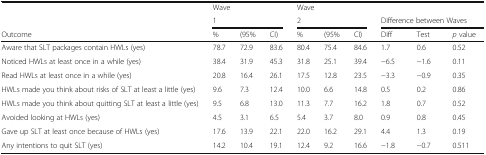
<table><thead><tr><td>[EMPTY_CELL]</td><td colspan="3"><b>Wave</b></td><td colspan="3"><b>Wave</b></td><td colspan="3">[EMPTY_CELL]</td></tr><tr><td>[EMPTY_CELL]</td><td colspan="3"><b>1</b></td><td colspan="3"><b>2</b></td><td colspan="3"><b>Difference between Waves</b></td></tr><tr><td><b>Outcome</b></td><td><b>%</b></td><td><b>(95%</b></td><td><b>CI)</b></td><td><b>%</b></td><td><b>(95%</b></td><td><b>CI)</b></td><td><b>Diff</b></td><td><b>Test</b></td><td><b><i>p</i> value</b></td></tr></thead><tbody><tr><td>Aware that SLT packages contain HWLs (yes)</td><td>78.7</td><td>72.9</td><td>83.6</td><td>80.4</td><td>75.4</td><td>84.6</td><td>1.7</td><td>0.6</td><td>0.52</td></tr><tr><td>Noticed HWLs at least once in a while (yes)</td><td>38.4</td><td>31.9</td><td>45.3</td><td>31.8</td><td>25.1</td><td>39.4</td><td>−6.5</td><td>−1.6</td><td>0.11</td></tr><tr><td>Read HWLs at least once in a while (yes)</td><td>20.8</td><td>16.4</td><td>26.1</td><td>17.5</td><td>12.8</td><td>23.5</td><td>−3.3</td><td>−0.9</td><td>0.35</td></tr><tr><td>HWLs made you think about risks of SLT at least a little (yes)</td><td>9.6</td><td>7.3</td><td>12.4</td><td>10.0</td><td>6.6</td><td>14.8</td><td>0.5</td><td>0.2</td><td>0.86</td></tr><tr><td>HWLs made you think about quitting SLT at least a little (yes)</td><td>9.5</td><td>6.8</td><td>13.0</td><td>11.3</td><td>7.7</td><td>16.2</td><td>1.8</td><td>0.7</td><td>0.52</td></tr><tr><td>Avoided looking at HWLs (yes)</td><td>4.5</td><td>3.1</td><td>6.5</td><td>5.4</td><td>3.7</td><td>8.0</td><td>0.9</td><td>0.8</td><td>0.45</td></tr><tr><td>Gave up SLT at least once because of HWLs (yes)</td><td>17.6</td><td>13.9</td><td>22.1</td><td>22.0</td><td>16.2</td><td>29.1</td><td>4.4</td><td>1.3</td><td>0.19</td></tr><tr><td>Any intentions to quit SLT (yes)</td><td>14.2</td><td>10.4</td><td>19.1</td><td>12.4</td><td>9.2</td><td>16.6</td><td>−1.8</td><td>−0.7</td><td>0.511</td></tr></tbody></table>